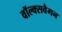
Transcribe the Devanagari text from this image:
वॉल्क्सवैगन